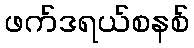
ဖက်ဒရယ်စနစ်